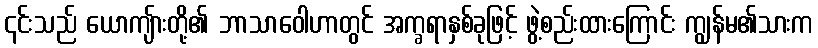
၎င်းသည် ယောကျ်ားတို့၏ ဘာသာဝေါဟာတွင် အက္ခရာနှစ်ခုဖြင့် ဖွဲ့စည်းထားကြောင်း ကျွန်မ၏သားက